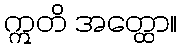
ဣတိ အတ္ထော။